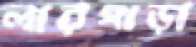
লারপাড়া